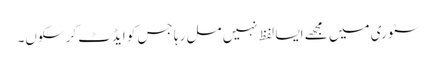
سٹوری میں مجھے ایسا لفظ نہیں مل رہا جس کو ایڈٹ کرسکوں۔